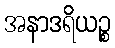
အနာဒရိယဉ္စ